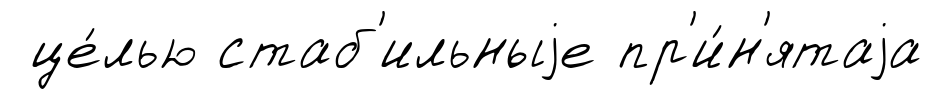
це́лью стаб'ильныjе пр'и́н'ятаjа